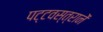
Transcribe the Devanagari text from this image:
पट्टवस्त्रानें